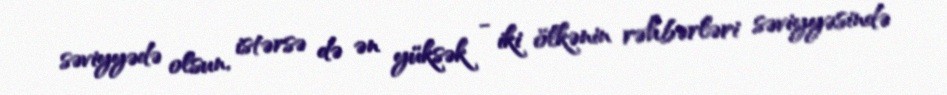
səviyyədə olsun, istərsə də ən yüksək - iki ölkənin rəhbərləri səviyyəsində